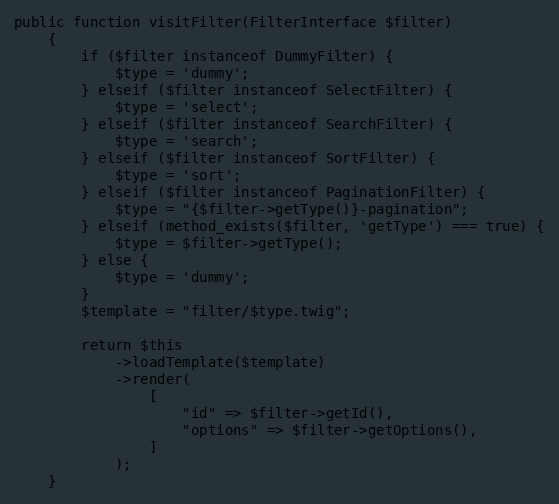
Language: PHP
public function visitFilter(FilterInterface $filter)
    {
        if ($filter instanceof DummyFilter) {
            $type = 'dummy';
        } elseif ($filter instanceof SelectFilter) {
            $type = 'select';
        } elseif ($filter instanceof SearchFilter) {
            $type = 'search';
        } elseif ($filter instanceof SortFilter) {
            $type = 'sort';
        } elseif ($filter instanceof PaginationFilter) {
            $type = "{$filter->getType()}-pagination";
        } elseif (method_exists($filter, 'getType') === true) {
            $type = $filter->getType();
        } else {
            $type = 'dummy';
        }
        $template = "filter/$type.twig";

        return $this
            ->loadTemplate($template)
            ->render(
                [
                    "id" => $filter->getId(),
                    "options" => $filter->getOptions(),
                ]
            );
    }